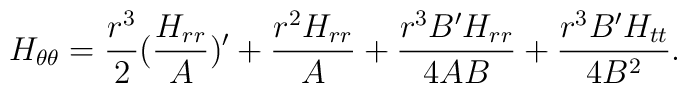
{H}_{\theta \theta }  =  {\frac{{r}^{3}}{2}}( {\frac{{H}_{rr}}{A}} )'+{\frac{{r}^{2}{H}_{rr}}{A}}+{\frac{{r}^{3}B'{H}_{rr}}{4AB}}+{\frac{{r}^{3}B'{H}_{tt}}{4{B}^{2}}}.